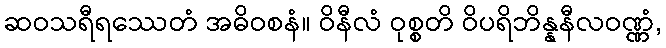
ဆဝသရီရဿေတံ အဓိဝစနံ။ ဝိနီလံ ဝုစ္စတိ ဝိပရိဘိန္နနီလဝဏ္ဏံ,